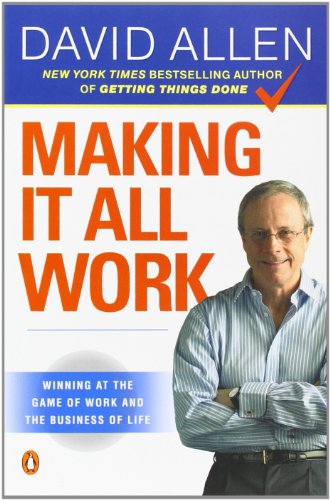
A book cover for Making It All Work: Winning at the Game of Work and the Business of Life; David Allen; Business & Money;